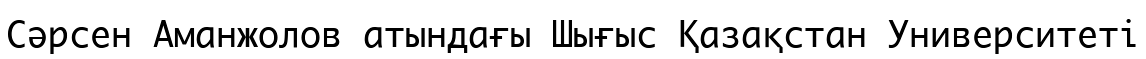
Сәрсен Аманжолов атындағы Шығыс Қазақстан Университеті